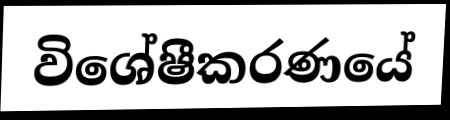
විශේෂීකරණයේ